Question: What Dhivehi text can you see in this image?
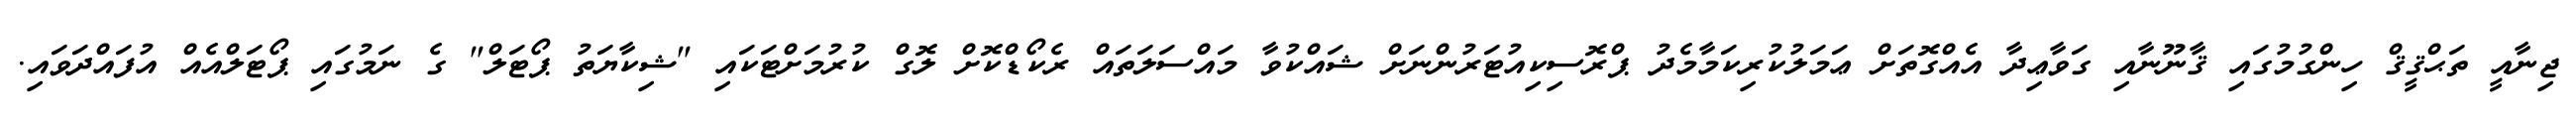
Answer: ޖިނާއީ ތަޙްޤީޤް ހިންގުމުގައި ޤާނޫނާއި ގަވާޢިދާ އެއްގޮތަށް ޢަމަލުކުރިކަމާމެދު ޕްރޮސިކިއުޓަރުންނަށް ޝައްކުވާ މައްސަލަތައް ރެކޯޑްކޮށް ލޮގް ކުރުމަށްޓަކައި "ޝިކާޔަތު ޕޯޓަލް" ގެ ނަމުގައި ޕޯޓަލްއެއް އުފައްދަވައި.